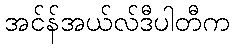
အင်န်အယ်လ်ဒီပါတီက